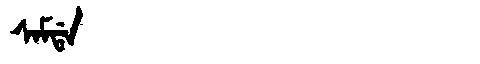
Manchu: ᠰᠠᠮᡩᠠ
Romanization: SAMDA